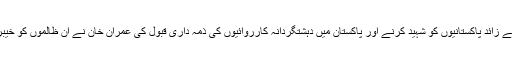
تحریک طالبان پاکستان جنہوں نے 80 ہزار سے زائد پاکستانیوں کو شہید کرنے اور پاکستان میں دہشتگردانہ کارروائیوں کی ذمہ داری قبول کی عمران خان نے ان ظالموں کو خیبر پختونخواہ میں دفاتر کھولنے کی پیشکش کی۔